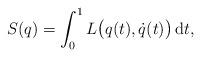
LaTeX: \begin{gather*} S (q) = \int _0 ^1 L \bigl( q (t) , \dot{q} (t) \bigr) \,\mathrm{d}t , \end{gather*}